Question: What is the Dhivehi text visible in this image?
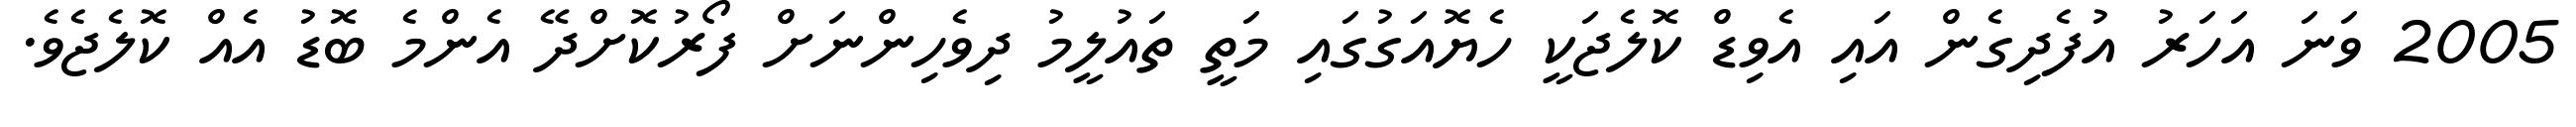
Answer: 2005 ވަނަ އަހަރު އުފެދިގެން އައި އެވިޑް ކޮލެޖަކީ ހެޔޮއަގުގައި މަތީ ތައުލީމު ދިވެހިންނަށް ފޯރުކޮށްދޭ އެންމެ ބޮޑު އެއް ކޮލެޖެވެ.